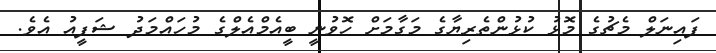
ފައިނަލް މެޗުގެ މޮޅު ކުޅުންތެރިޔާގެ މަގާމަށް ހޮވުނީ ބީއެމްއެލްގެ މުހައްމަދު ޝަފީއު އެވެ.